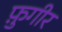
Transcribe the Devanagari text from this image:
फ़ुगीर